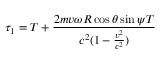
\tau _ { 1 } = T + \frac { 2 m v \omega R \cos { \theta } \sin { \psi } T } { c ^ { 2 } ( 1 - \frac { v ^ { 2 } } { c ^ { 2 } } ) }